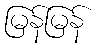
မြန်မြန်